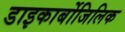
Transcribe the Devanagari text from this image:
डाइकार्बोजिलिक